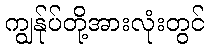
ကျွန်ုပ်တို့အားလုံးတွင်